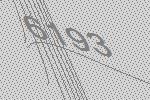
6193